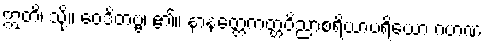
ဣတိ၊ သို့။ ဝေဒိတဗ္ဗံ၊ ၏။ နာနတ္တေကတ္တဝိညာစရိယာပရိယော ဂဟဏ